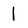
Character: 1